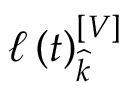
\ell \left( t \right) _ { \widehat { k } } ^ { \left[ V \right] }